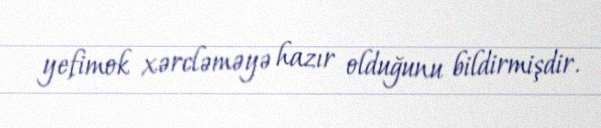
yefimok xərcləməyə hazır olduğunu bildirmişdir.